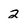
Character: 2